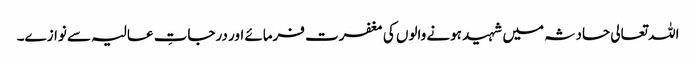
اللہ تعالی حادثہ میں شہید ہونے والوں کی مغفرت فرمائے اور درجاتِ عالیہ سے نوازے۔